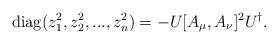
LaTeX: \begin{align*}{\rm diag}(z_1^2,z_2^2,...,z_n^2)=-U[A_\mu,A_\nu]^2U^\dagger.\end{align*}